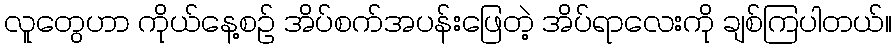
လူတွေဟာ ကိုယ်နေ့စဉ် အိပ်စက်အပန်းဖြေတဲ့ အိပ်ရာလေးကို ချစ်ကြပါတယ်။